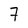
Character: 7